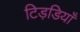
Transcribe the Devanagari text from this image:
टिड़डियाँ